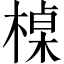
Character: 槕